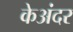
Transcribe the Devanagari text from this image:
केअंदर